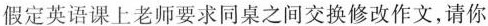
假定英语课上老师要求同桌之间交换修改作文,请你